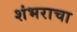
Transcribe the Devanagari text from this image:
शंभराचा